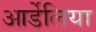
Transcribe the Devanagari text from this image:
आर्डेलिया